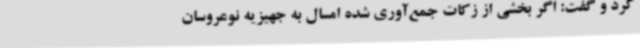
کرد و گفت: اگر بخشی از زکات جمع‌آوری شده امسال به جهیزیه نوعروسان